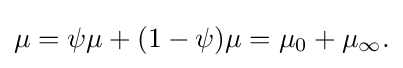
\displaystyle {\mu =\psi \mu +(1-\psi )\mu =\mu _{0}+\mu _{\infty }.}